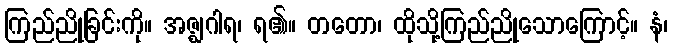
ကြည်ညိုခြင်းကို။ အဇ္ဈဂါရ၊ ရ၏။ တတော၊ ထိုသို့ကြည်ညိုသောကြောင့်။ နံ၊